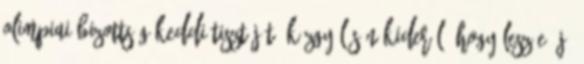
Olimpiai Bizottság keddi tisztújító közgyűlésén kiderül, hogy lesz-e új,